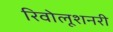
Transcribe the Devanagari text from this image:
रिवोलूशनरी